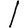
Digit: 1